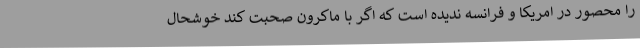
را محصور در امریکا و فرانسه ندیده است که اگر با ماکرون صحبت کند خوشحال